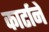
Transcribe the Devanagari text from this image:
कार्टाने